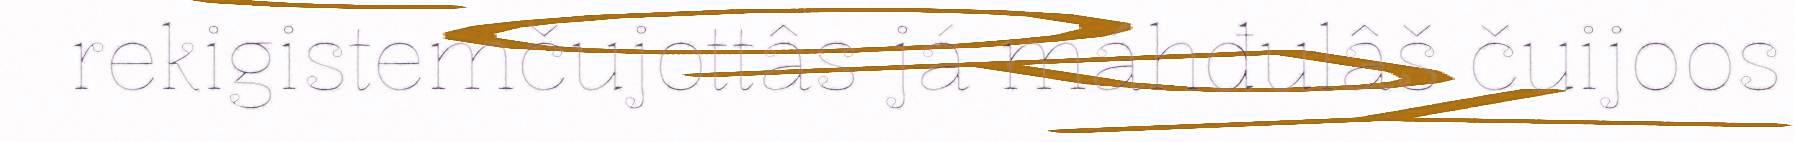
rekigistemčujottâs já máhđulâš čuijoos